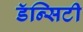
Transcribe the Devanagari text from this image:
डॅन्सिटी